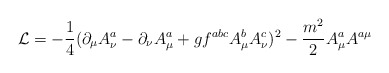
\begin{align*}{\cal L}= -\frac{1}{4}(\partial_{\mu}A_{\nu}^{a}-\partial_{\nu}A_{\mu}^{a}+gf^{abc}A_{\mu}^{b}A_{\nu}^{c})^{2}-\frac{m^{2}}{2}A_{\mu}^{a}A^{a\mu}\end{align*}